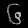
Digit: ၆